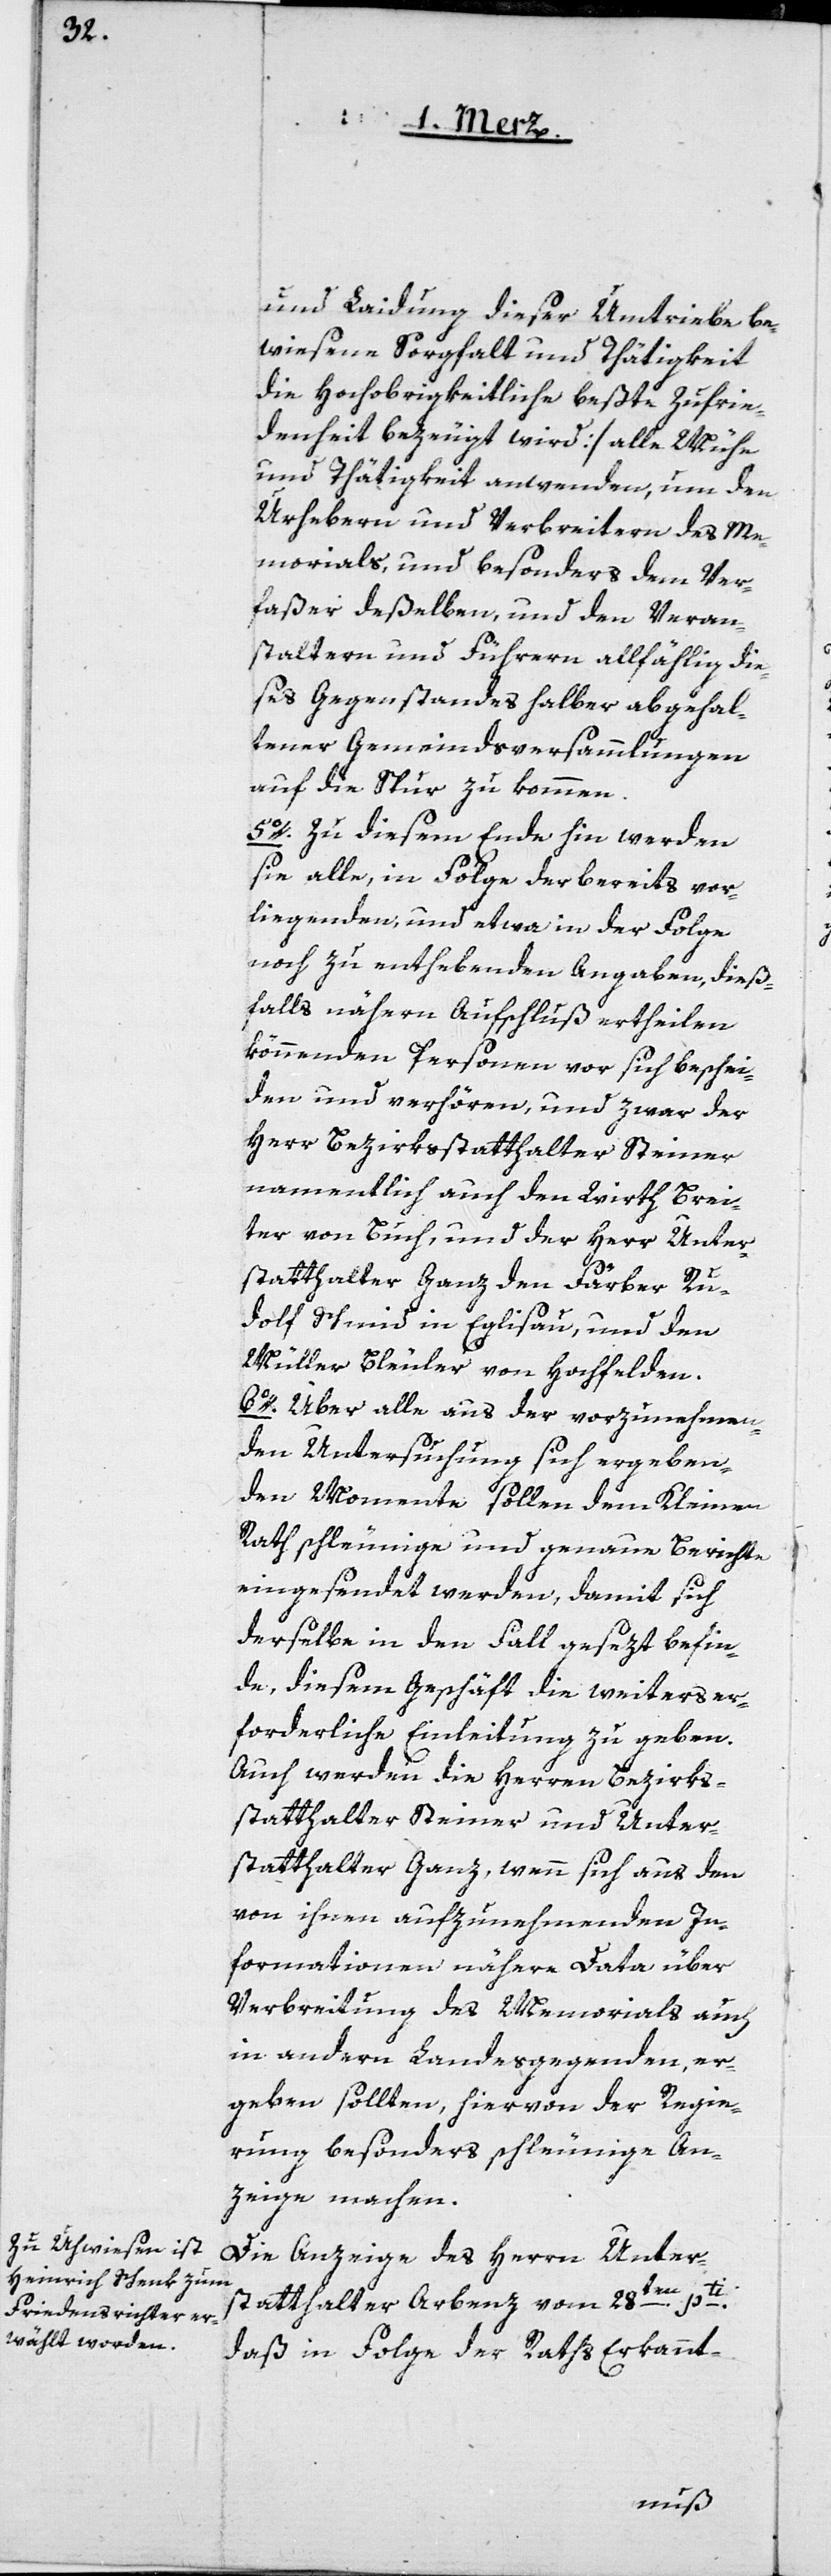
und Laidung dieser Umtriebe be¬
wiesene Sorgfalt und Thätigkeit
die Hochobrigkeitliche beßte Zufrie¬
denheit bezeugt wird] alle Mühe
und Tätigkeit anwenden, um den
Urhebern und Verbreitern des Me¬
morials, und besonders den Ver¬
faßer deßelben, und den Veran¬
staltern und Führern allfählig die¬
ses Gegenstandes halber abgehal¬
tener Gemeindsversammlungen
auf die Spur zu kommen.
5o. Zu diesem Ende hin werden
sie alle, in Folge der bereits vor¬
liegenden, und etwa in der Folge
noch zu enthebenden Angaben, dieß¬
falls nähern Aufschluß ertheilen
könnenden Personen vor sich beschei¬
den und verhören, und zwar der
Herr Bezirksstatthalter Steiner
namentlich auch den Wirth Brei¬
ter von Buch, und der Herr Unter¬
statthalter Ganz den Färber Ru¬
dolf Schmid in Eglisau, und den
Müller Bleuler von Hochfelden.
6o. Über alle aus der vorzunehmen¬
den Untersuchung sich ergeben¬
den Momente sollen dem Kleinen
Rath schleunige und genaue Berichte
eingesendet werden, damit sich
derselbe in den Fall gesezt befin¬
de, diesem Geschäft die weiters er¬
forderliche Einleitung zu geben.
Auch werden die Herren Bezirks¬
statthalter Steiner und Unter¬
statthalter Ganz, wenn sich aus den
von ihnen aufzunehmenden In¬
formationen nähere Data über
Verbreitung des Memorials auch
in andern Landesgegenden er¬
geben sollten, hiervon der Regie¬
rung besonders schleunige An¬
zeige machen.
Die Anzeige des Herrn Unter¬
statthalter Arbenz vom 28ten pti,
daß in Folge der Raths Erkannt-